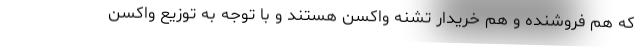
که هم فروشنده و هم خریدار تشنه واکسن هستند و با توجه به توزیع واکسن